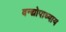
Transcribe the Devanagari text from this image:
वन्द्योपाध्याय